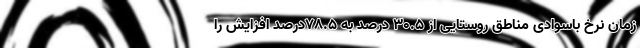
زمان نرخ باسوادی مناطق روستایی از ۳۰.۵ درصد به ۷۸.۵درصد افزایش را